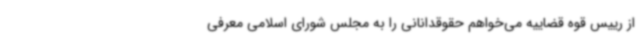
از رییس قوه قضاییه می‌خواهم حقوقدانانی را به مجلس شورای اسلامی معرفی